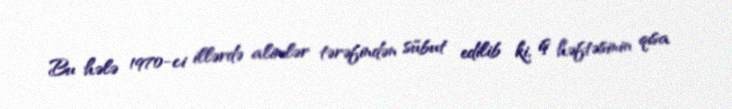
Bu hələ 1970-ci illərdə alimlər tərəfindən sübut edilib ki, iş həftəsinin qısa